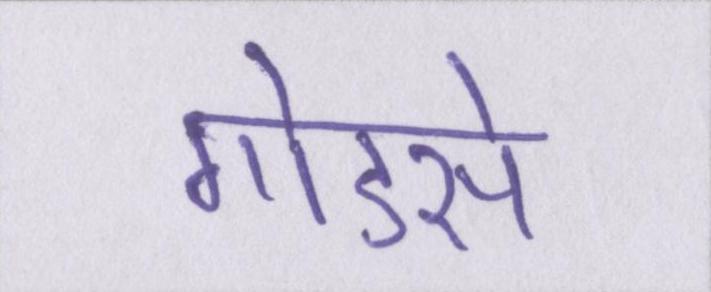
गोडसे